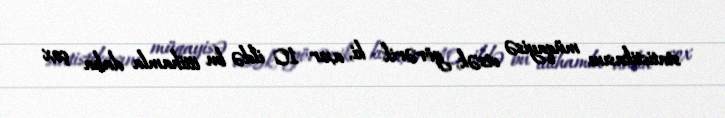
statistikasını müqayisə etsək, görərik ki, axır 10 ildə bu ittihamla daha çox